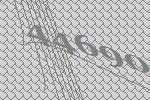
44690